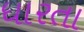
ધારતા